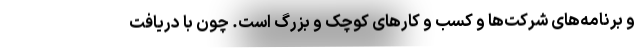
و برنامه‌های شرکت‌ها و کسب و کارهای کوچک و بزرگ است. چون با دریافت